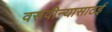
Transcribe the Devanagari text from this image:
वसवीन्यासाठई